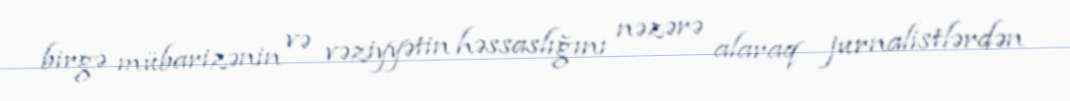
birgə mübarizənin və vəziyyətin həssaslığını nəzərə alaraq jurnalistlərdən